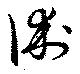
術